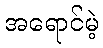
အရောင်မဲ့